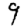
Digit: 9